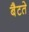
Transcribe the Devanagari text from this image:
बैटते